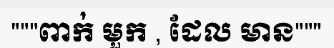
"""ពាក់ មួក , ដែល មាន"""